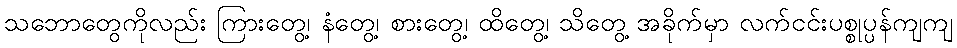
သဘောတွေကိုလည်း ကြားတွေ့၊ နံတွေ့၊ စားတွေ့၊ ထိတွေ့၊ သိတွေ့ အခိုက်မှာ လက်ငင်းပစ္စုပ္ပန်ကျကျ